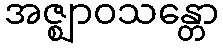
အဇ္ဈာဝသန္တော